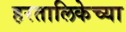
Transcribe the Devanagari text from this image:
हरतालिकेच्या